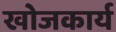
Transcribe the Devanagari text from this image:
खोजकार्य